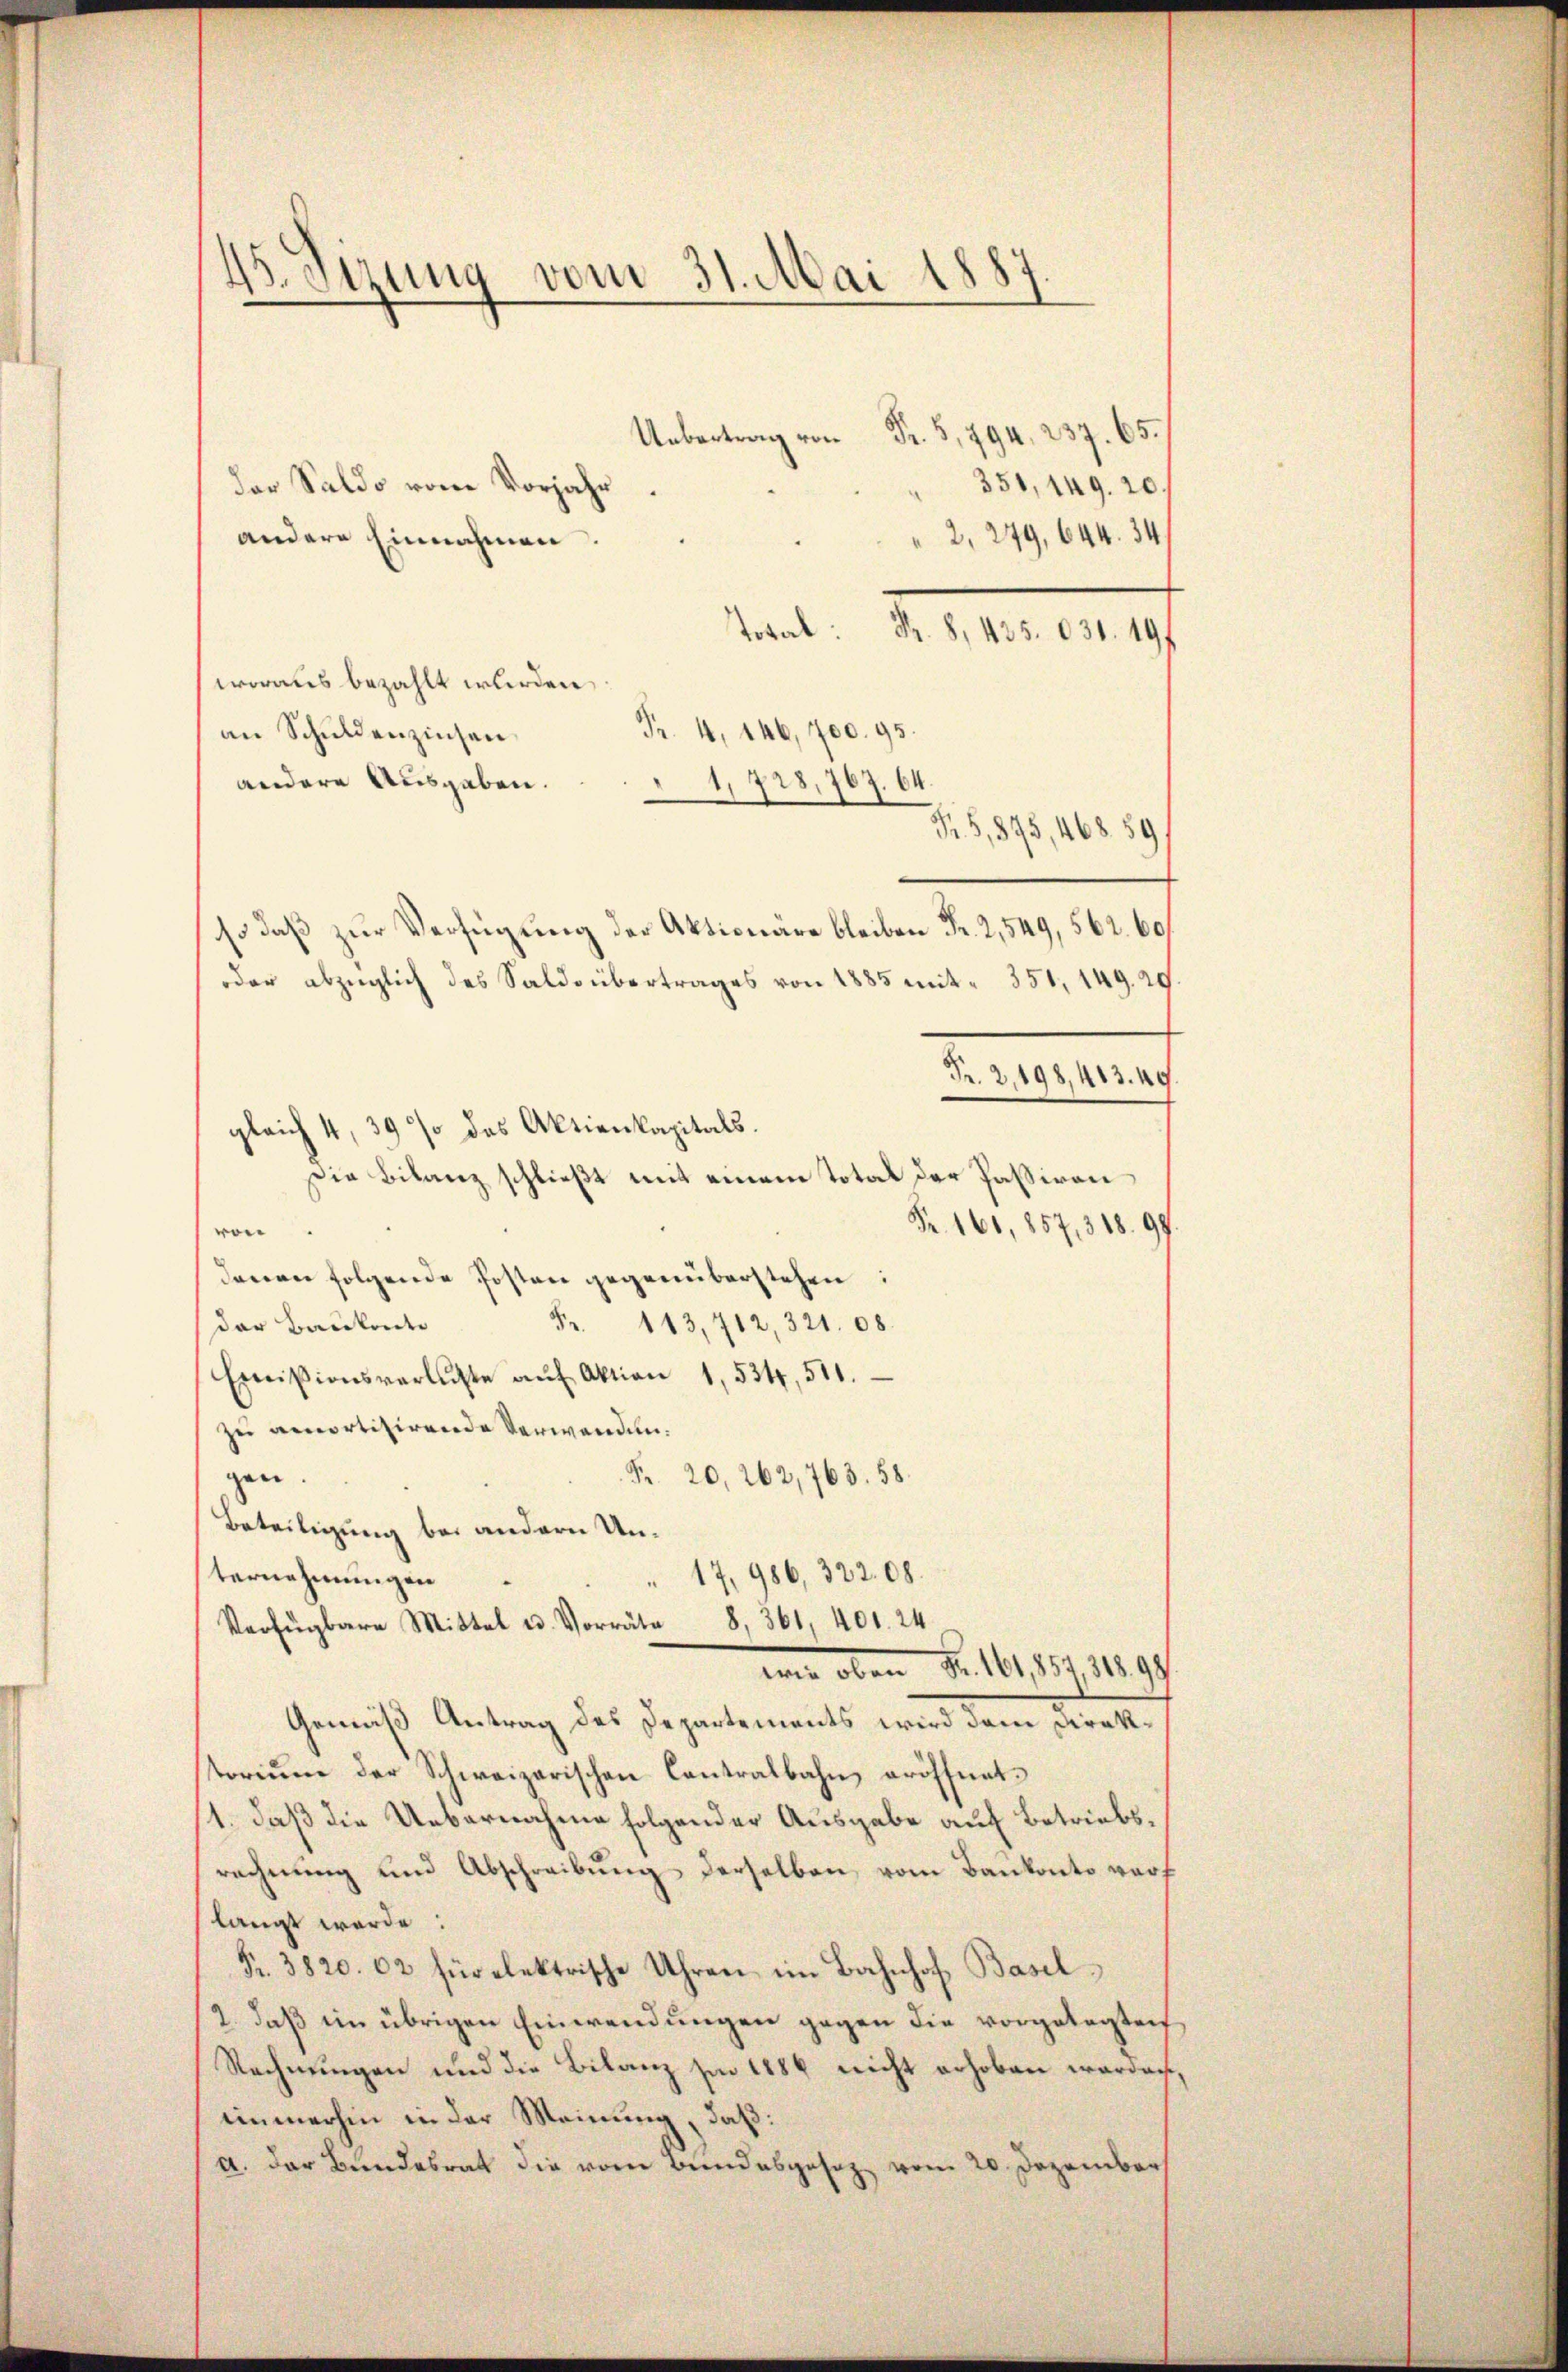
45. Sizung vom 31. Mai 1887

.94
351, 149. 20.
der Saldo vom Vorjahr
2, 249, 644. 34
andere Einnahmen.
Toval: d. 8, 435. 631. 197.
woraus bezahlt wurden,
Fr. 4, 146, 700. 95.
an Schuldenzinsen.
andere Ausgaben.
1,728,767. 64.
F. 5, 875, 468. 59
so daß zur Verfügung der Aktionäre bleiben Fr. 2,549, 562. 60.
oder abzüglich des Saldo übertrages von 1885 mit 351, 149. 29
Fr. 2,198,413. 49
gleich 4, 39 % des Aktienkapitals.
Die Bilanz schließt mit einem Total der Passiven
Fr. 161, 257, 318. 99
ven.
denen folgende Posten gegenüberstehen:
8
113,712, 321. 08
der Baulente
Emisionsverluste aŭf Aktion 1, 534, 511.
zu amortizirende Verwandungen.
Fr. 20, 263,763. 58.
Beteiligung bei andern Un¬
17, 986, 322. 08.
ternehmungen
Verfügbare Mittel u. Vorräte 8, 361, 401. 24
 oben Fr. 161,85431899
Gemiß Antrag des Departements wird dem Direktorium der Schweizerischen Contralbahn eröffnet.
1. daß die Uebernahme folgender Ausgabe auf Betriebsrechnung und Abschreibung derselben vom Baukonto vorf
langt werde:
Fr. 3820. 62 für elektrische Uhren im Bahnhof Basel¬
2. daß im übrigen Einwendungen gegen die vorgelegten
Rechnungen und die Bilanz sie 1886 nicht erhoben werden,
immerhin in der Meinung, daß:
a. der Bundesrat die vom Bundesgesez vom 20. Dezember